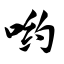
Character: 哟